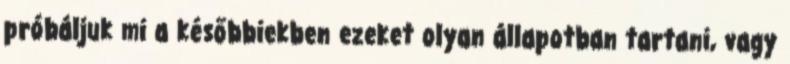
próbáljuk mi a későbbiekben ezeket olyan állapotban tartani, vagy